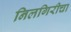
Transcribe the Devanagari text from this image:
निलगिरीचा